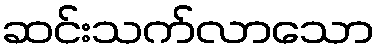
ဆင်းသက်လာသော